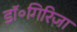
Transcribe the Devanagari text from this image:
डॉ॰गिरिजा